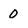
Character: O